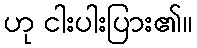
ဟု ငါးပါးပြား၏။